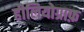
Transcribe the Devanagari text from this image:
हीलियोग्राफ़